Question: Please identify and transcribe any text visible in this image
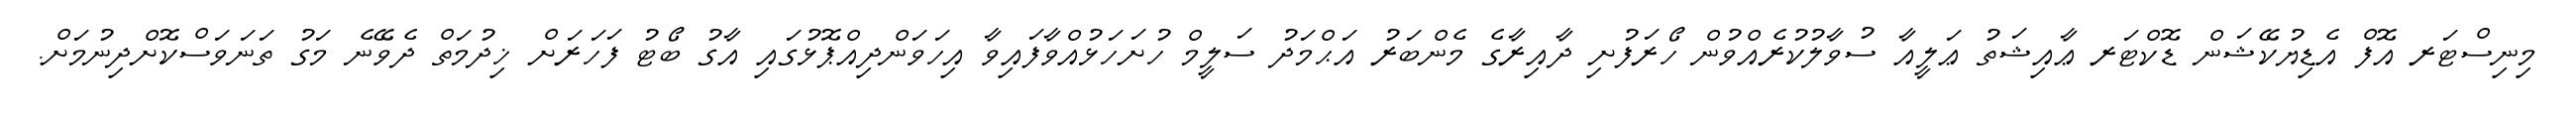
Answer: މިނިސްޓަރ އޮފް އެޑިޔުކޭޝަން ޑޮކްޓަރ ޢާއިޝަތު ޢަލީއާ ސުވާލުކުރެއްވުން ހޯރަފުށި ދާއިރާގެ މެންބަރު އަޙްމަދު ސަލީމް ހުށަހަޅުއްވާފައިވާ އިހަވަންދިއްޕޮޅުގައި އާގު ބޯޓު ފަހަރަށް ޚިދުމަތް ދެވޭނެ މަގު ތަނަވަސްކޮށްދިނުމަށް.